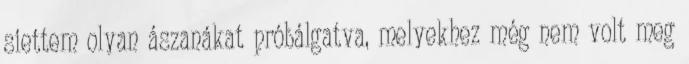
siettem olyan ászanákat próbálgatva, melyekhez még nem volt meg